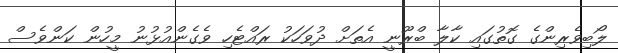
ލޯބިވެރިންގެ ގޮތުގައި ކާލާ ބްރޫނީ އެތަށް ދުވަހަކު ރައްޓެހި ވެގެންއުޅުނު މީހުން ކަންވެސް